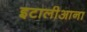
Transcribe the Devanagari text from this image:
इटालीआना